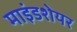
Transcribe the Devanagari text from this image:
माइंडशेयर